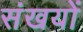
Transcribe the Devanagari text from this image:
संखयों